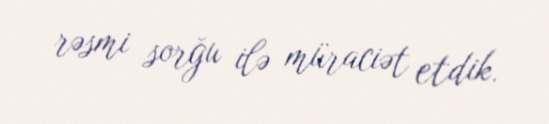
rəsmi sorğu ilə müraciət etdik.